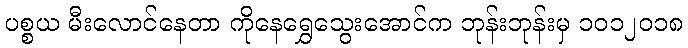
ပစ္စယ မီးလောင်နေတာ ကိုနေရွှေသွေးအောင်က ဘုန်းဘုန်းမှ ၁၀၁၂၀၁၈